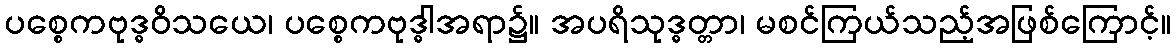
ပစ္စေကဗုဒ္ဓဝိသယေ၊ ပစ္စေကဗုဒ္ဓါအရာ၌။ အပရိသုဒ္ဓတ္တာ၊ မစင်ကြယ်သည့်အဖြစ်ကြောင့်။